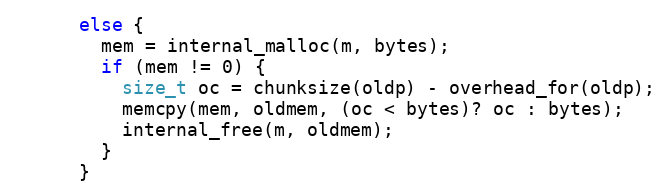
Language: C
      else {
        mem = internal_malloc(m, bytes);
        if (mem != 0) {
          size_t oc = chunksize(oldp) - overhead_for(oldp);
          memcpy(mem, oldmem, (oc < bytes)? oc : bytes);
          internal_free(m, oldmem);
        }
      }